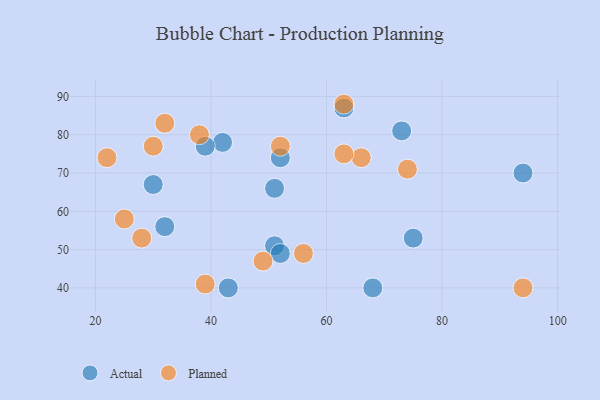
{"axis": {"x": "GDP", "y": "Life Expectancy"}, "legend": ["Actual", "Planned"], "data": [{"x": "73", "y": 81, "type": "Actual"}, {"x": "63", "y": 87, "type": "Actual"}, {"x": "51", "y": 66, "type": "Actual"}, {"x": "42", "y": 78, "type": "Actual"}, {"x": "51", "y": 51, "type": "Actual"}, {"x": "43", "y": 40, "type": "Actual"}, {"x": "52", "y": 49, "type": "Actual"}, {"x": "75", "y": 53, "type": "Actual"}, {"x": "32", "y": 56, "type": "Actual"}, {"x": "52", "y": 74, "type": "Actual"}, {"x": "39", "y": 77, "type": "Actual"}, {"x": "94", "y": 70, "type": "Actual"}, {"x": "30", "y": 67, "type": "Actual"}, {"x": "68", "y": 40, "type": "Actual"}, {"x": "38", "y": 80, "type": "Planned"}, {"x": "30", "y": 77, "type": "Planned"}, {"x": "66", "y": 74, "type": "Planned"}, {"x": "22", "y": 74, "type": "Planned"}, {"x": "52", "y": 77, "type": "Planned"}, {"x": "94", "y": 40, "type": "Planned"}, {"x": "28", "y": 53, "type": "Planned"}, {"x": "63", "y": 88, "type": "Planned"}, {"x": "39", "y": 41, "type": "Planned"}, {"x": "25", "y": 58, "type": "Planned"}, {"x": "74", "y": 71, "type": "Planned"}, {"x": "56", "y": 49, "type": "Planned"}, {"x": "63", "y": 75, "type": "Planned"}, {"x": "49", "y": 47, "type": "Planned"}, {"x": "32", "y": 83, "type": "Planned"}]}